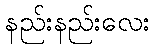
နည်းနည်းလေး